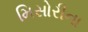
મિસોરીના